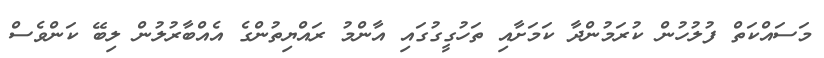
މަސައްކަތް ފުލުހުން ކުރަމުންދާ ކަމަށާއި ތަހުގީގުގައި އާންމު ރައްޔިތުންގެ އެއްބާރުލުން ލިބޭ ކަންވެސް